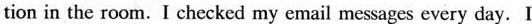
tion in the room. I checked my email messages every day. I